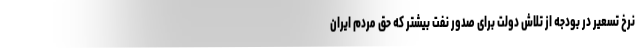
نرخ تسعیر در بودجه از تلاش دولت برای صدور نفت بیشتر که حق مردم ایران